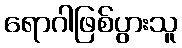
ရောဂါဖြစ်ပွားသူ